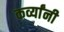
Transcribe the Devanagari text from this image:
कर्व्यांनी